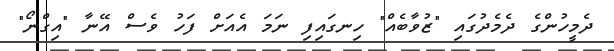
ދެމީހުންގެ ދެމެދުގައި "ޒުވާބެއް" ހިނގައިފި ނަމަ އެއަށް ފަހު ވެސް އޭނާ "އިގްނޯ"